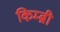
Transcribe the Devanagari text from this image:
किम्ब्री